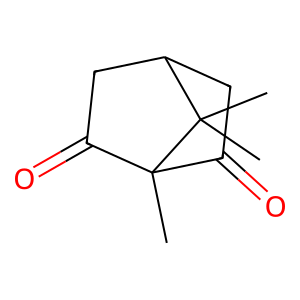
SMILES: CC12C(=O)CC(CC1=O)C2(C)C
Inhibits HIV replication: No